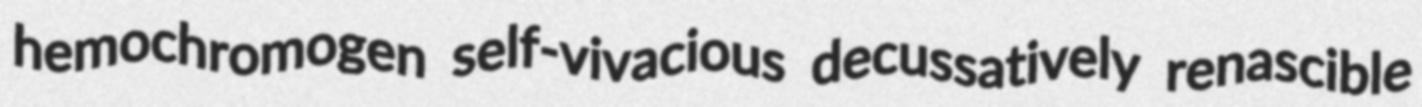
hemochromogen self-vivacious decussatively renascible